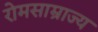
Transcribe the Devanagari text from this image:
रोमसाम्राज्य